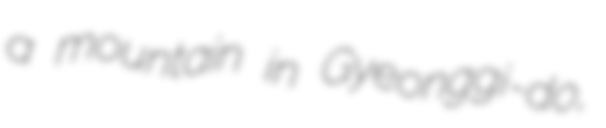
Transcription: a mountain in Gyeonggi-do,